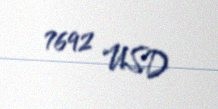
7692 USD